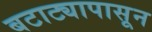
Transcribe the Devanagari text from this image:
बटाट्यापासून